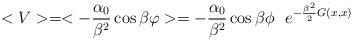
LaTeX: \begin{align*}< V > = < - {\alpha_0 \over \beta^2} \cos \beta \varphi > = - {\alpha_0 \over \beta^2} \cos \beta \phi~~ e^{- {\beta^2 \over 2}G(x,x)}\end{align*}